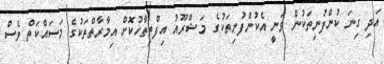
އަދި ގިނަ ކުންފުނިތަކުން ވަނީ އެކުންފުނިތަކުގެ މަޝްރޫއު އިފްތިތާހުކޮށް އިމާރާތްތަކުގެ މަސައްކަތް ވެސް